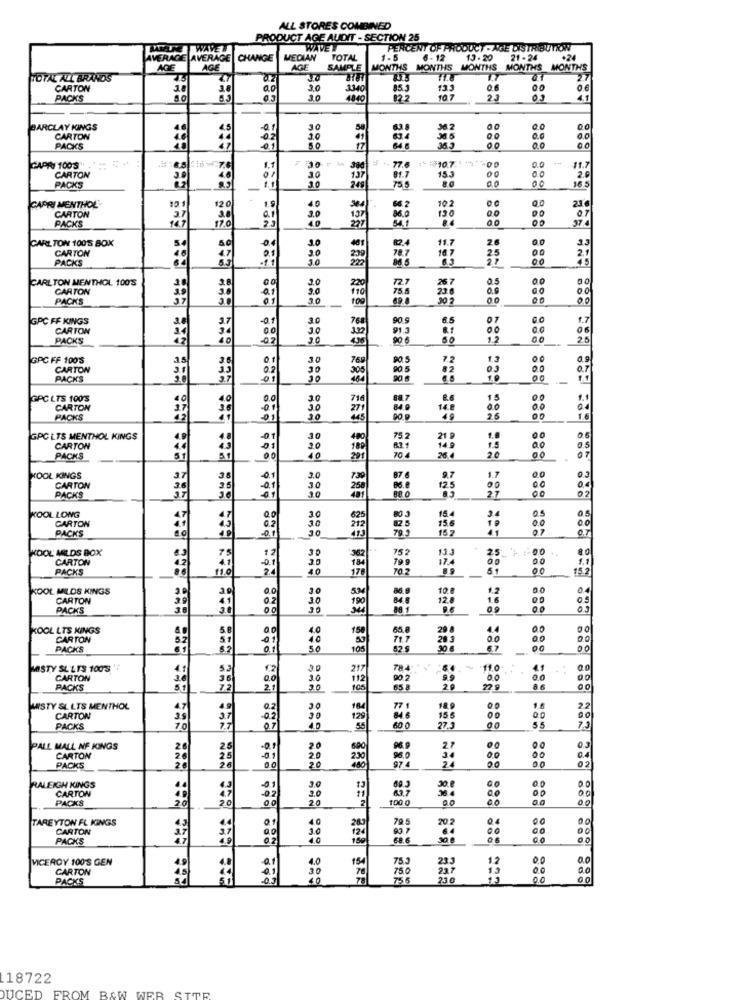
ALL STORES COMBINED
PRODUCT AGE AUDIT - SECTION 25
WALET
PERCENT OF PRODUCT - AGE DISTRIBUTION
AVERAGE AVERAGE CHANGE
MEDIAN
TOTAL
1.5
6 - 12
13.20
21-24
+24
AGE
AGE
AGE
SAMPLE
MONTHS MONTHS MONTHS
MONTHS MONTHS
TOTAL ALL BRANDS
27
CARTON
ao
30
3340
85.3
135
0.6
00
0.6
PACKS
30
4040
10.7
25
03
4.1
BARCLAY KINGS
00
CARTON
00
0.0
0.0
PACKS
50
17
00
107.1700
CAPRI 100'S
15.3
00
0.0
11.7
CARTON
30
30
249
737
16 5
2.9
PACKS
-
20
00
10.2
00
CAPRI MENTHOL
12 0
20
40
130
CARTON
147
137
07
37.4
PACKS
CARLTON 1005 BOX
0.0
33
CARTON
20
30
11.7
2.6
00
PACKS
3.0
222
187
35
00
CARLTON MENTHOL 100'S
0.5
00
00
CARTON
236
0.9
00
PACKS
30
100
0.0
00
00
GPC FF KINGS
3.0
6.5
07
0.0
1.7
CARTON
10
00
00
06
PACKS
2.0
90 6
12
25
GPC FF 100'S
7.2
00
0.9
CARTON
35
30
82
00
0.7
PACKS
10
-
GPC LTS 100'S
714
€.6
15
00
1.1
CARTON
14.8
00
04
PACKS
26
GPC LTS MENTHOL KINGS
10
00
06
CARTON
1.9
00
0.5
PACKS
40
201
70%
20
00
07
KOOL KINGS
3.0
1.7
00
03
CARTON
30
125
00
27
00
02
PACK'S
30
KOOL LONG
CARTON
15.4
3.4
0.0
PACKS
30
30
15.6
15.7
10
O.7
KOOL MILDS BOX
30
752
13]
25. +
CARTON
799
17.4
00
1.1
PACKS
40
170
00
15.2
KOOL MILDS KINGS
30
10.8
12
CARTON
10
12.8
16
PACKS
30
9.6
09
03
KOOL LTS KINGS
29 8
44
00
00
CARTON
28 3
00
00
00
PACKS
50
30 6
67
00
MISTY SL LYS 100'S
3.0
784
110
41
CARTON
30
90 2
00
00
00
PACKS
3.0
100
22.9
A.6
MARSTY SL LTS MENTHOL
18.9
00
1.6
2.2
CARTON
30
15.5
00
00
PACKS
27 3
00
5.5
73
PALL MALL NF KINGS
20
03
CARTON
00
00
0.4
PACKS
bee less legs
02
00
00
00
RALEIGH KINGS
CARTON
20
00
00
00
PACKS
20
100
00
00
TAREYTON FL KINGS
79.5
20 2
04
00
00
CARTON
64
00
00
PACKS
40
68.6
30.8
00
VICEROY 100'S GEN
75.3
12
0.0
0.0
CARTON
750
237
19
00
PACKS
755
210
1.3
00
0.0
18722
DUCED FROM B&W WER STTR